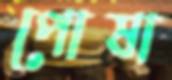
পোষা